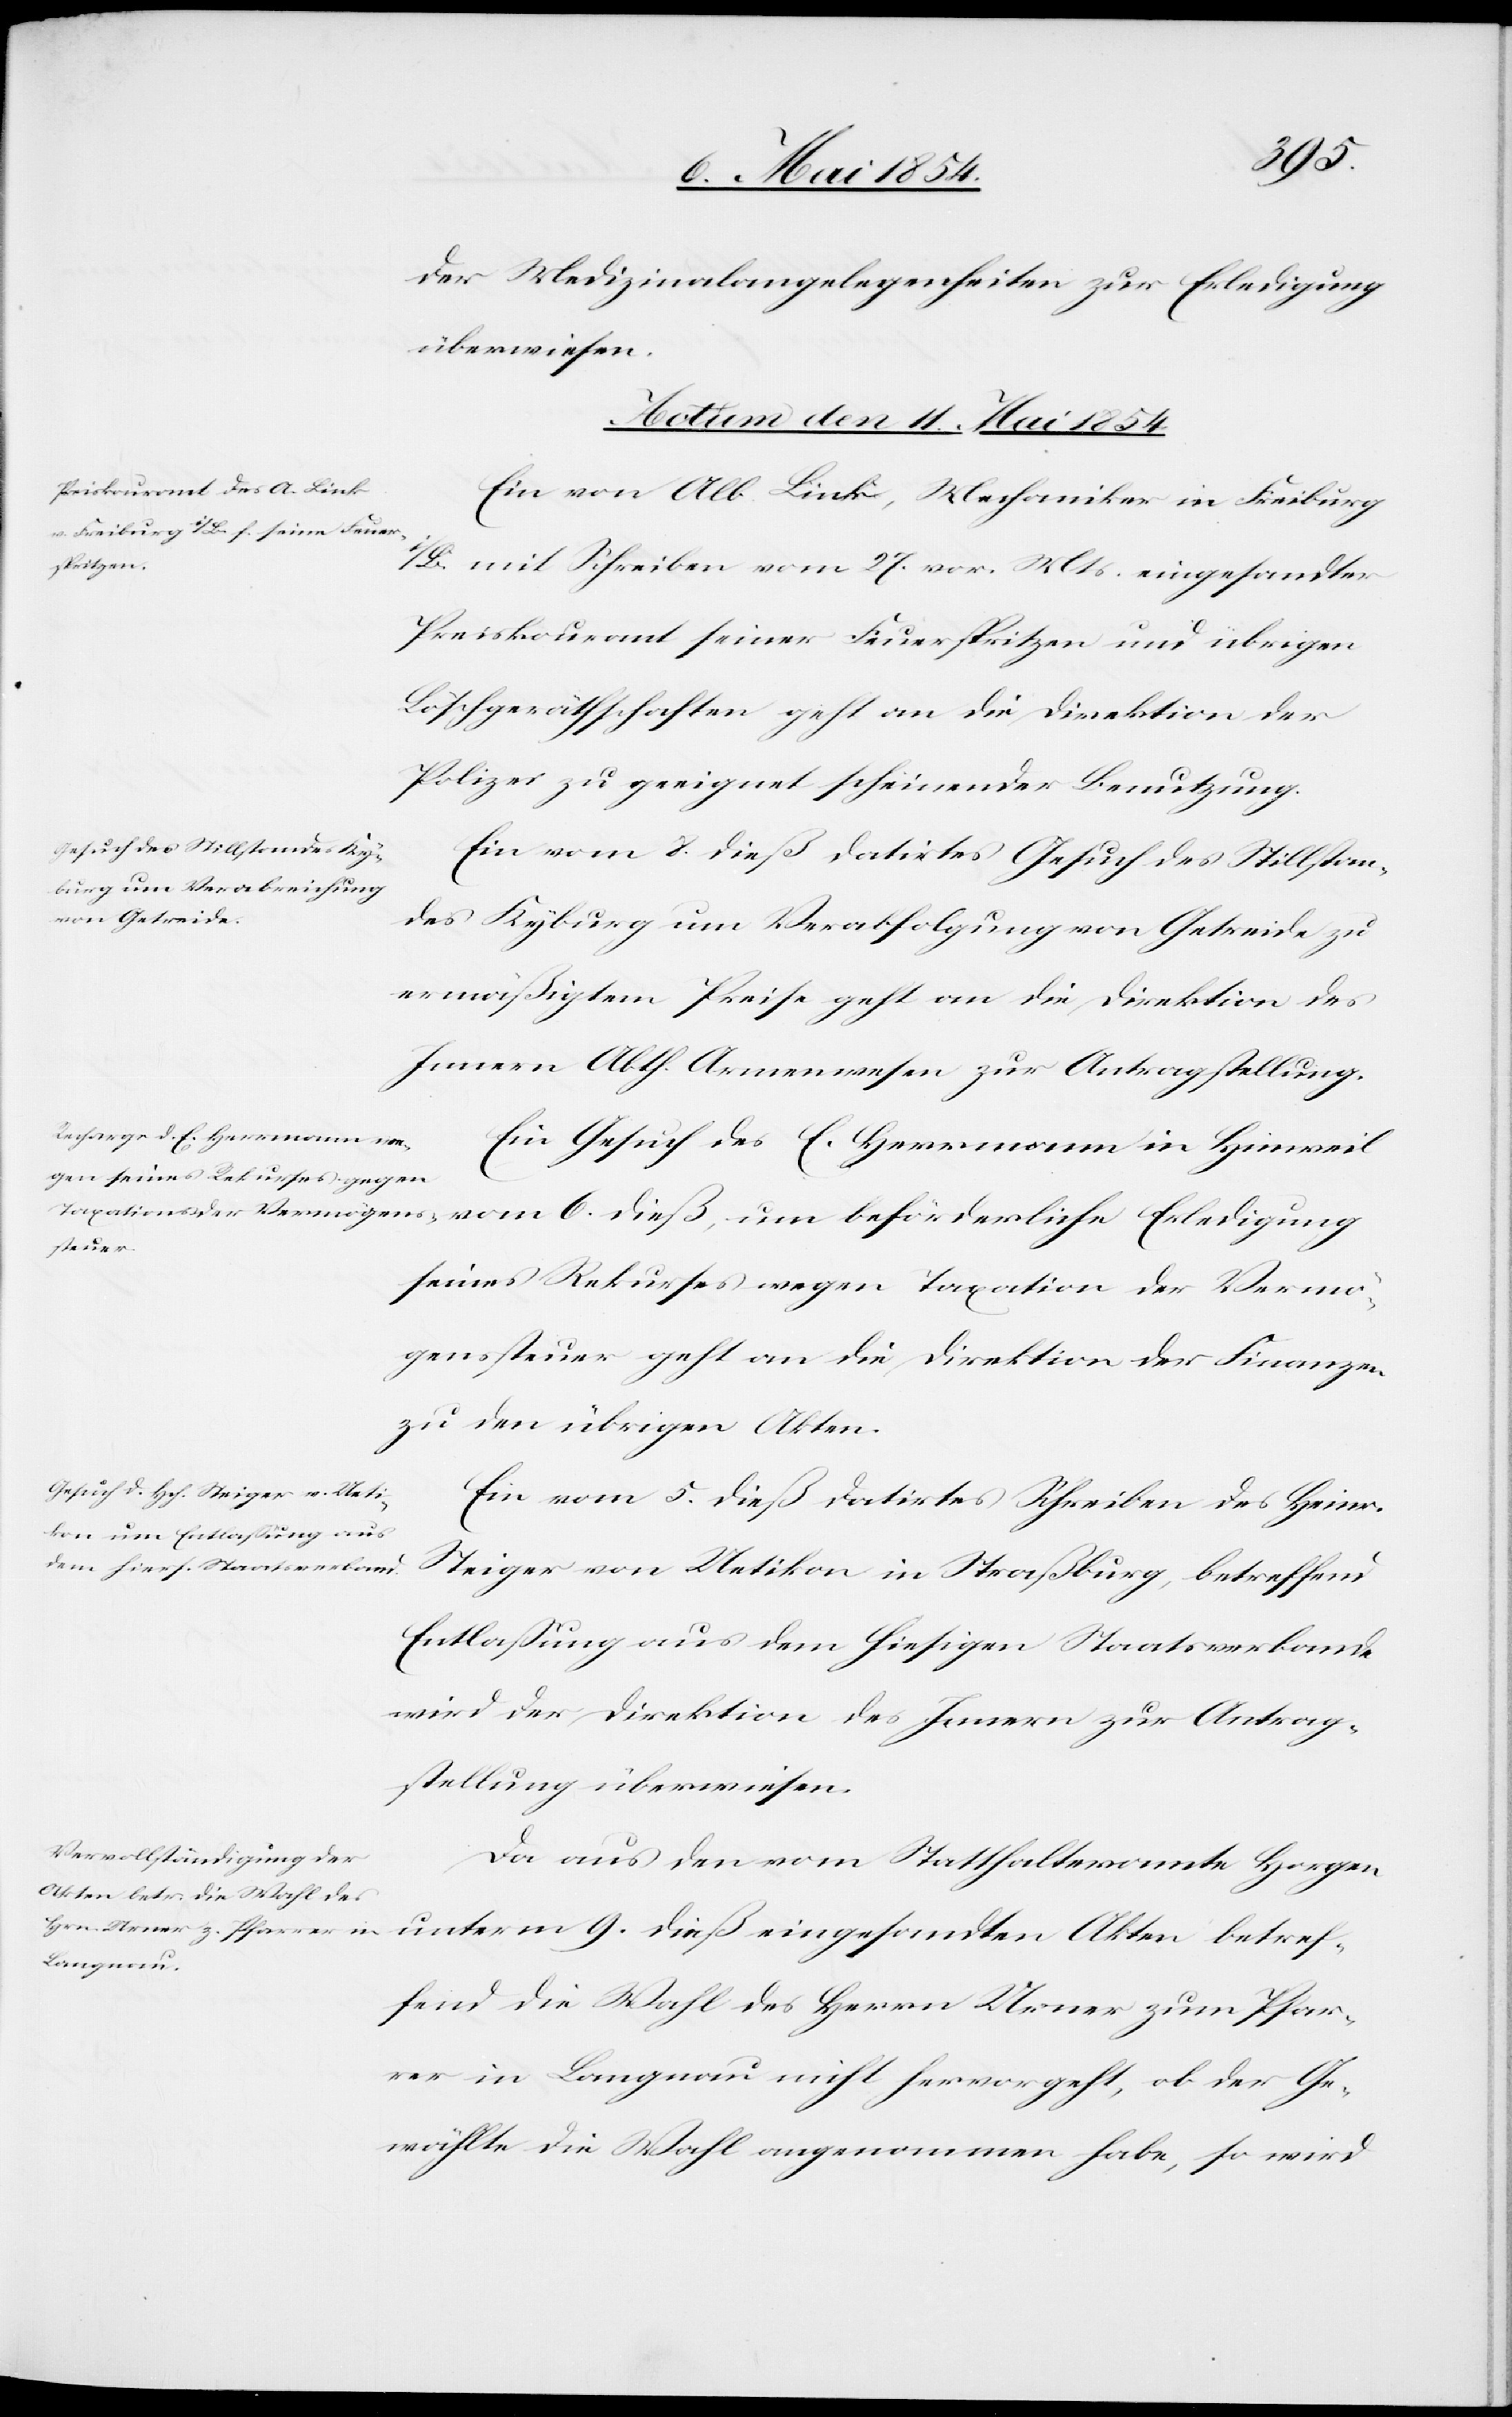
der Medizinalangelegenheiten zur Erledigung
überwiesen.
Actum den 11. Mai 1854.]
Ein von Alb. Link, Mechaniker in Freiburg
i/B. mit Schreiben vom 27. vor. Mts. eingesandter
Preiskourant seiner Feuerspritzen und übrigen
Löschgeräthschaften geht an die Direktion der
Polizei zu geeignet scheinender Benutzung.
Ein vom 8. dieß datirtes Gesuch des Stillstan¬
des Kyburg um Verabfolgung von Getreide zu
ermäßigtem Preise geht an die Direktion des
Innern Abth. Armenwesen zur Antragstellung.
Ein Gesuch des E, Herrmann in Hinweil
seines Rekurses wegen Taxation der Vermö¬
genssteuer geht an die Direktion der Finanzen
zu den übrigen Akten.
Ein vom 5. dieß datirtes Schreiben des Heinr.
Steiger von Uetikon in Straßburg, betreffend
Entlaßung aus dem hiesigen Staatsverbande
wird der Direktion des Innern zur Antrag¬
stellung überwiesen.
Da aus den vom Statthalteramte Horgen
unterm 9. dieß eingesandten Akten betref¬
fend die Wahl des Herrn Urner zum Pfar¬
rer in Langnau nicht hervorgeht, ob der Ge¬
wählte die Wahl angenommen habe, so wird